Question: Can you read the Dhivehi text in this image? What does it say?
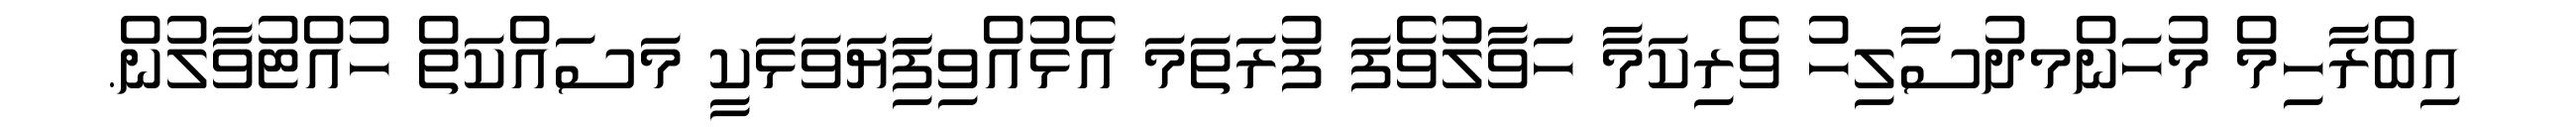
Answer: އިބްރާހިމް މުހަންމދުސާލިހު ވެރިކަމާ ހަވާލުވެފަ ފުރަތަމަ އެޅުއްވިފަިަޔަވަޅަކީ މަސައްކަތް ހުއްޓުވާލުން.